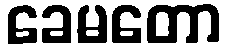
ခေမတော